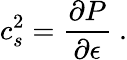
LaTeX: c_{s}^{2}={\frac{\partial P}{\partial\epsilon}}\ .